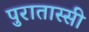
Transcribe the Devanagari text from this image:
पुरातास्सी